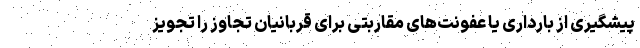
پیشگیری از بارداری یا عفونت‌های مقاربتی برای قربانیان تجاوز را تجویز